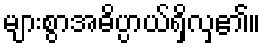
များစွာအဓိပ္ပာယ်ရှိလှ၏။